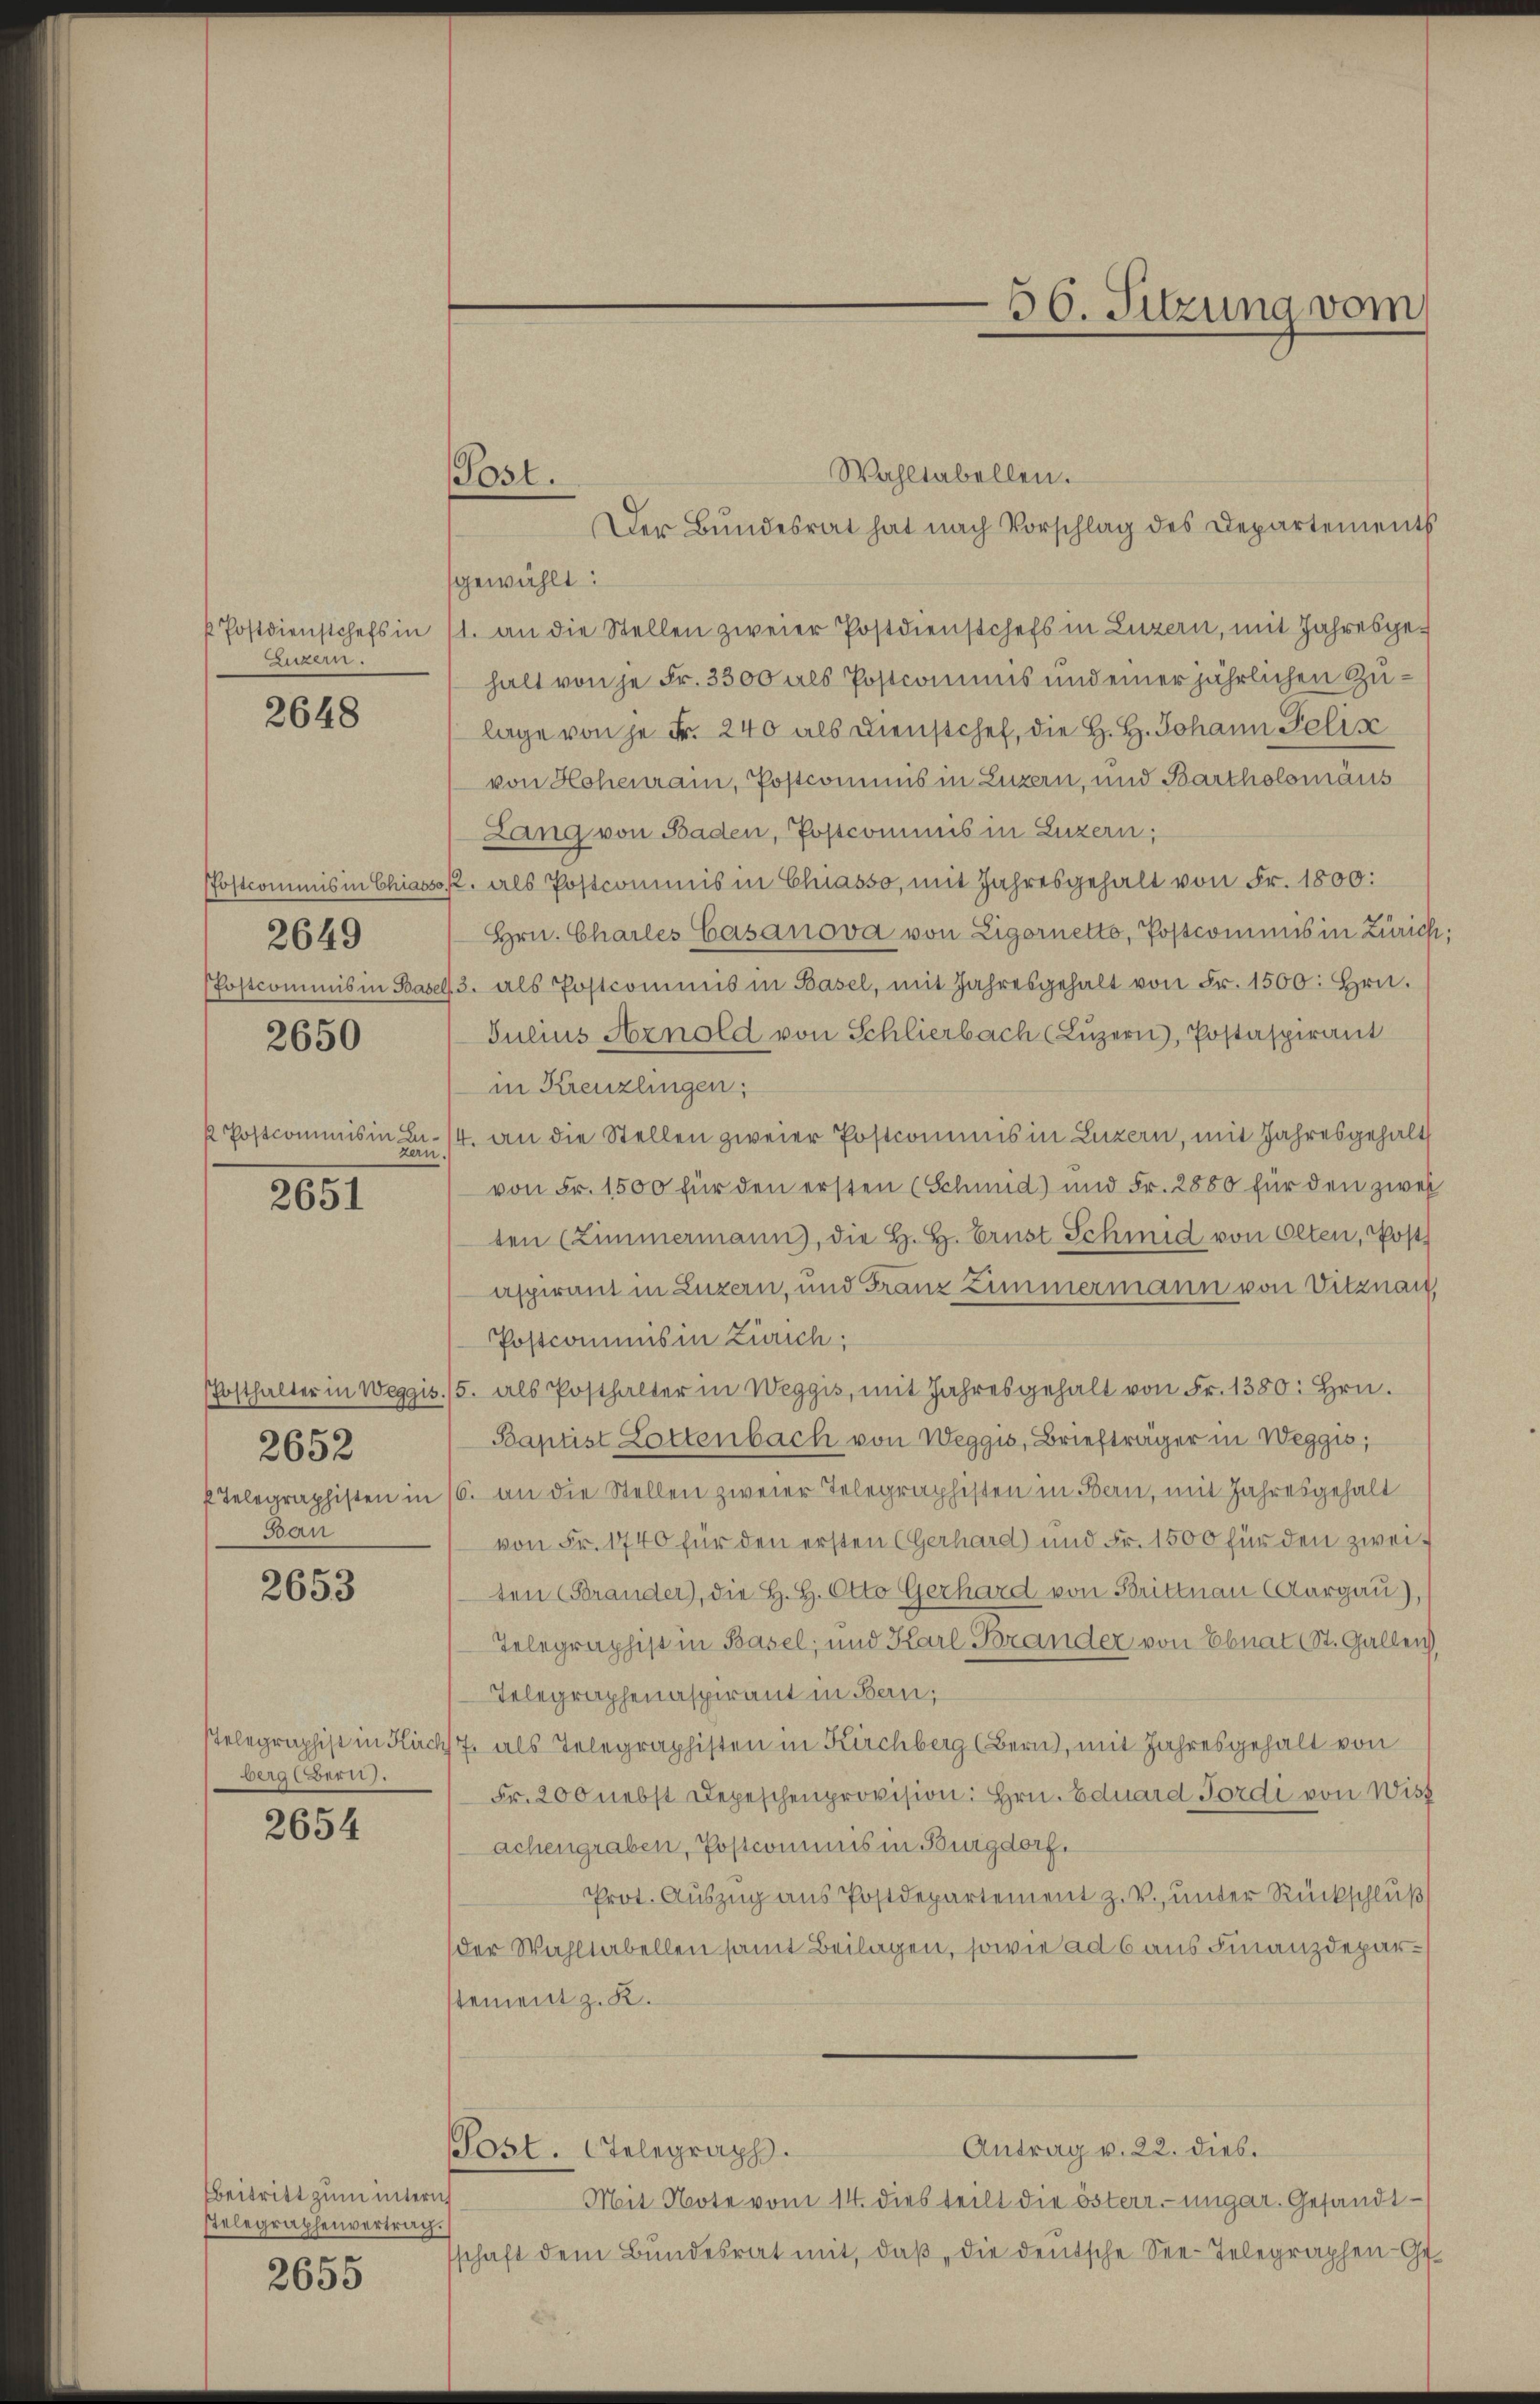
k Postdienstchefs in
Luzern.

2648

2650

2649

k Postcommis in de

2651

2652
Ban

2653

berat Bern.

2654

Beitritt zum untern
Telegraphenvertrag

2655

(Post.

Wahltabellen.
Der Bundesrat hat nach Vorschlag des Departements
sgewählt:
1. an die Stellen zweier Postdienstchefs in Luzern, mit Jahresgehalt von je Fr. 3300 als Postcomuns und einer jährlichen Zulage von je Fr. 240 als Dienstchef, die H. H. Johann Felix
von Hohenrain, Postcommis in Luzern, und Bartholomäus
Lang von Baden, Postcommis in Luzern;
Postcommis in Chiasso, als Postcommis in Chiasso, mit Jahresgehalt von Fr. 1800:
Hrn. Charles Casanova von Ligornetto, Postcommis in Zürich:
Postcommis in Basel 3. als Postcommis in Basel, mit Jahresgehalt von Fr. 1500. Hrn.
Julius Arnold von Schlierbach (Luzern, Postaspirant
in Kreuzlingen;
/4. an die Stellen zweier Postcommis in Luzern, mit Jahresgehalt
von Fr. 1500 für den ersten (Schmid) und Fr. 2800 für den zwei
ten (Zimmermann), die H. H. Brust Schmid von Olten, Post
aspirant in Luzern, und Franz Zimmermann von Vitznau,
Postcommis in Zürich;
Posthalter in Weggis. 15. als Posthalter in Weggis, mit Jahresgehalt von Fr. 1380: Hrn.
Baptist Lottenbach von Weggis, Briefträger in Weggis,
 Telegraphisten in 16. an die Stellen zweier Telegraphisten in Bern, mit Jahresgehalt
von Fr. 1740 für den ersten (Gerhard und Fr. 1500 für den zweif
ten Brander), die H. H. Otto Gerhard von Brittnau (Aargau),
Telegraphist in Basel; und Karl Brander von Ebnat (St. Gallen
Telegraphenaspirant in Bern,
sTelegraphist in Kuch 7. als Telegraphisten in Kirchberg (Bern, mit Jahresgehalt von
Fr. 200 nebst Depeschenprovision: Hrn. Eduard Fordi von Wiss
achengraben, Postcomums in Burgdorf.
Prot. Aŭszŭg ans Postdepartement z. V. unter Rückschluß
der Wahltabellen samt Beilagen, sowie ad 6 aus Finanzdeparstement z. K.
Antrag v. 22. dies.
Post. Telegraph.
Mit Note vom 14. dies teilt die österr.-ungar. Gesandt¬
7.)
schaft dem Bŭndesrat mit, daβ die deŭtsche See-Telegraphen-Ge-

56. Sitzung vom